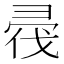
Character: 𢑟